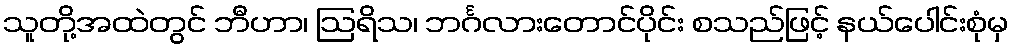
သူတို့အထဲတွင် ဘီဟာ၊ ဩရိသ၊ ဘင်္ဂလားတောင်ပိုင်း စသည်ဖြင့် နယ်ပေါင်းစုံမှ